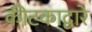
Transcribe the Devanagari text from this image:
कीटकाद्वारे